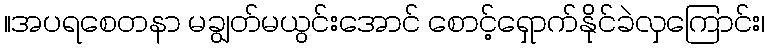
။အပရစေတနာ မချွတ်မယွင်းအောင် စောင့်ရှောက်နိုင်ခဲလှကြောင်း၊